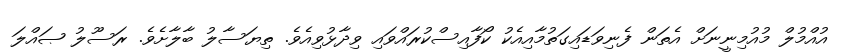
އުއްމުލް މުއުމިނީނަށް އެތަން ފެނިވަޑައިގަތުމާއިއެކު ކޯފާއިސްކުރައްވައި ވިދާޅުވިއެވެ. ތިޔަސާލު ބާލާށެވެ. ރަސޫލު ޞައްލަ